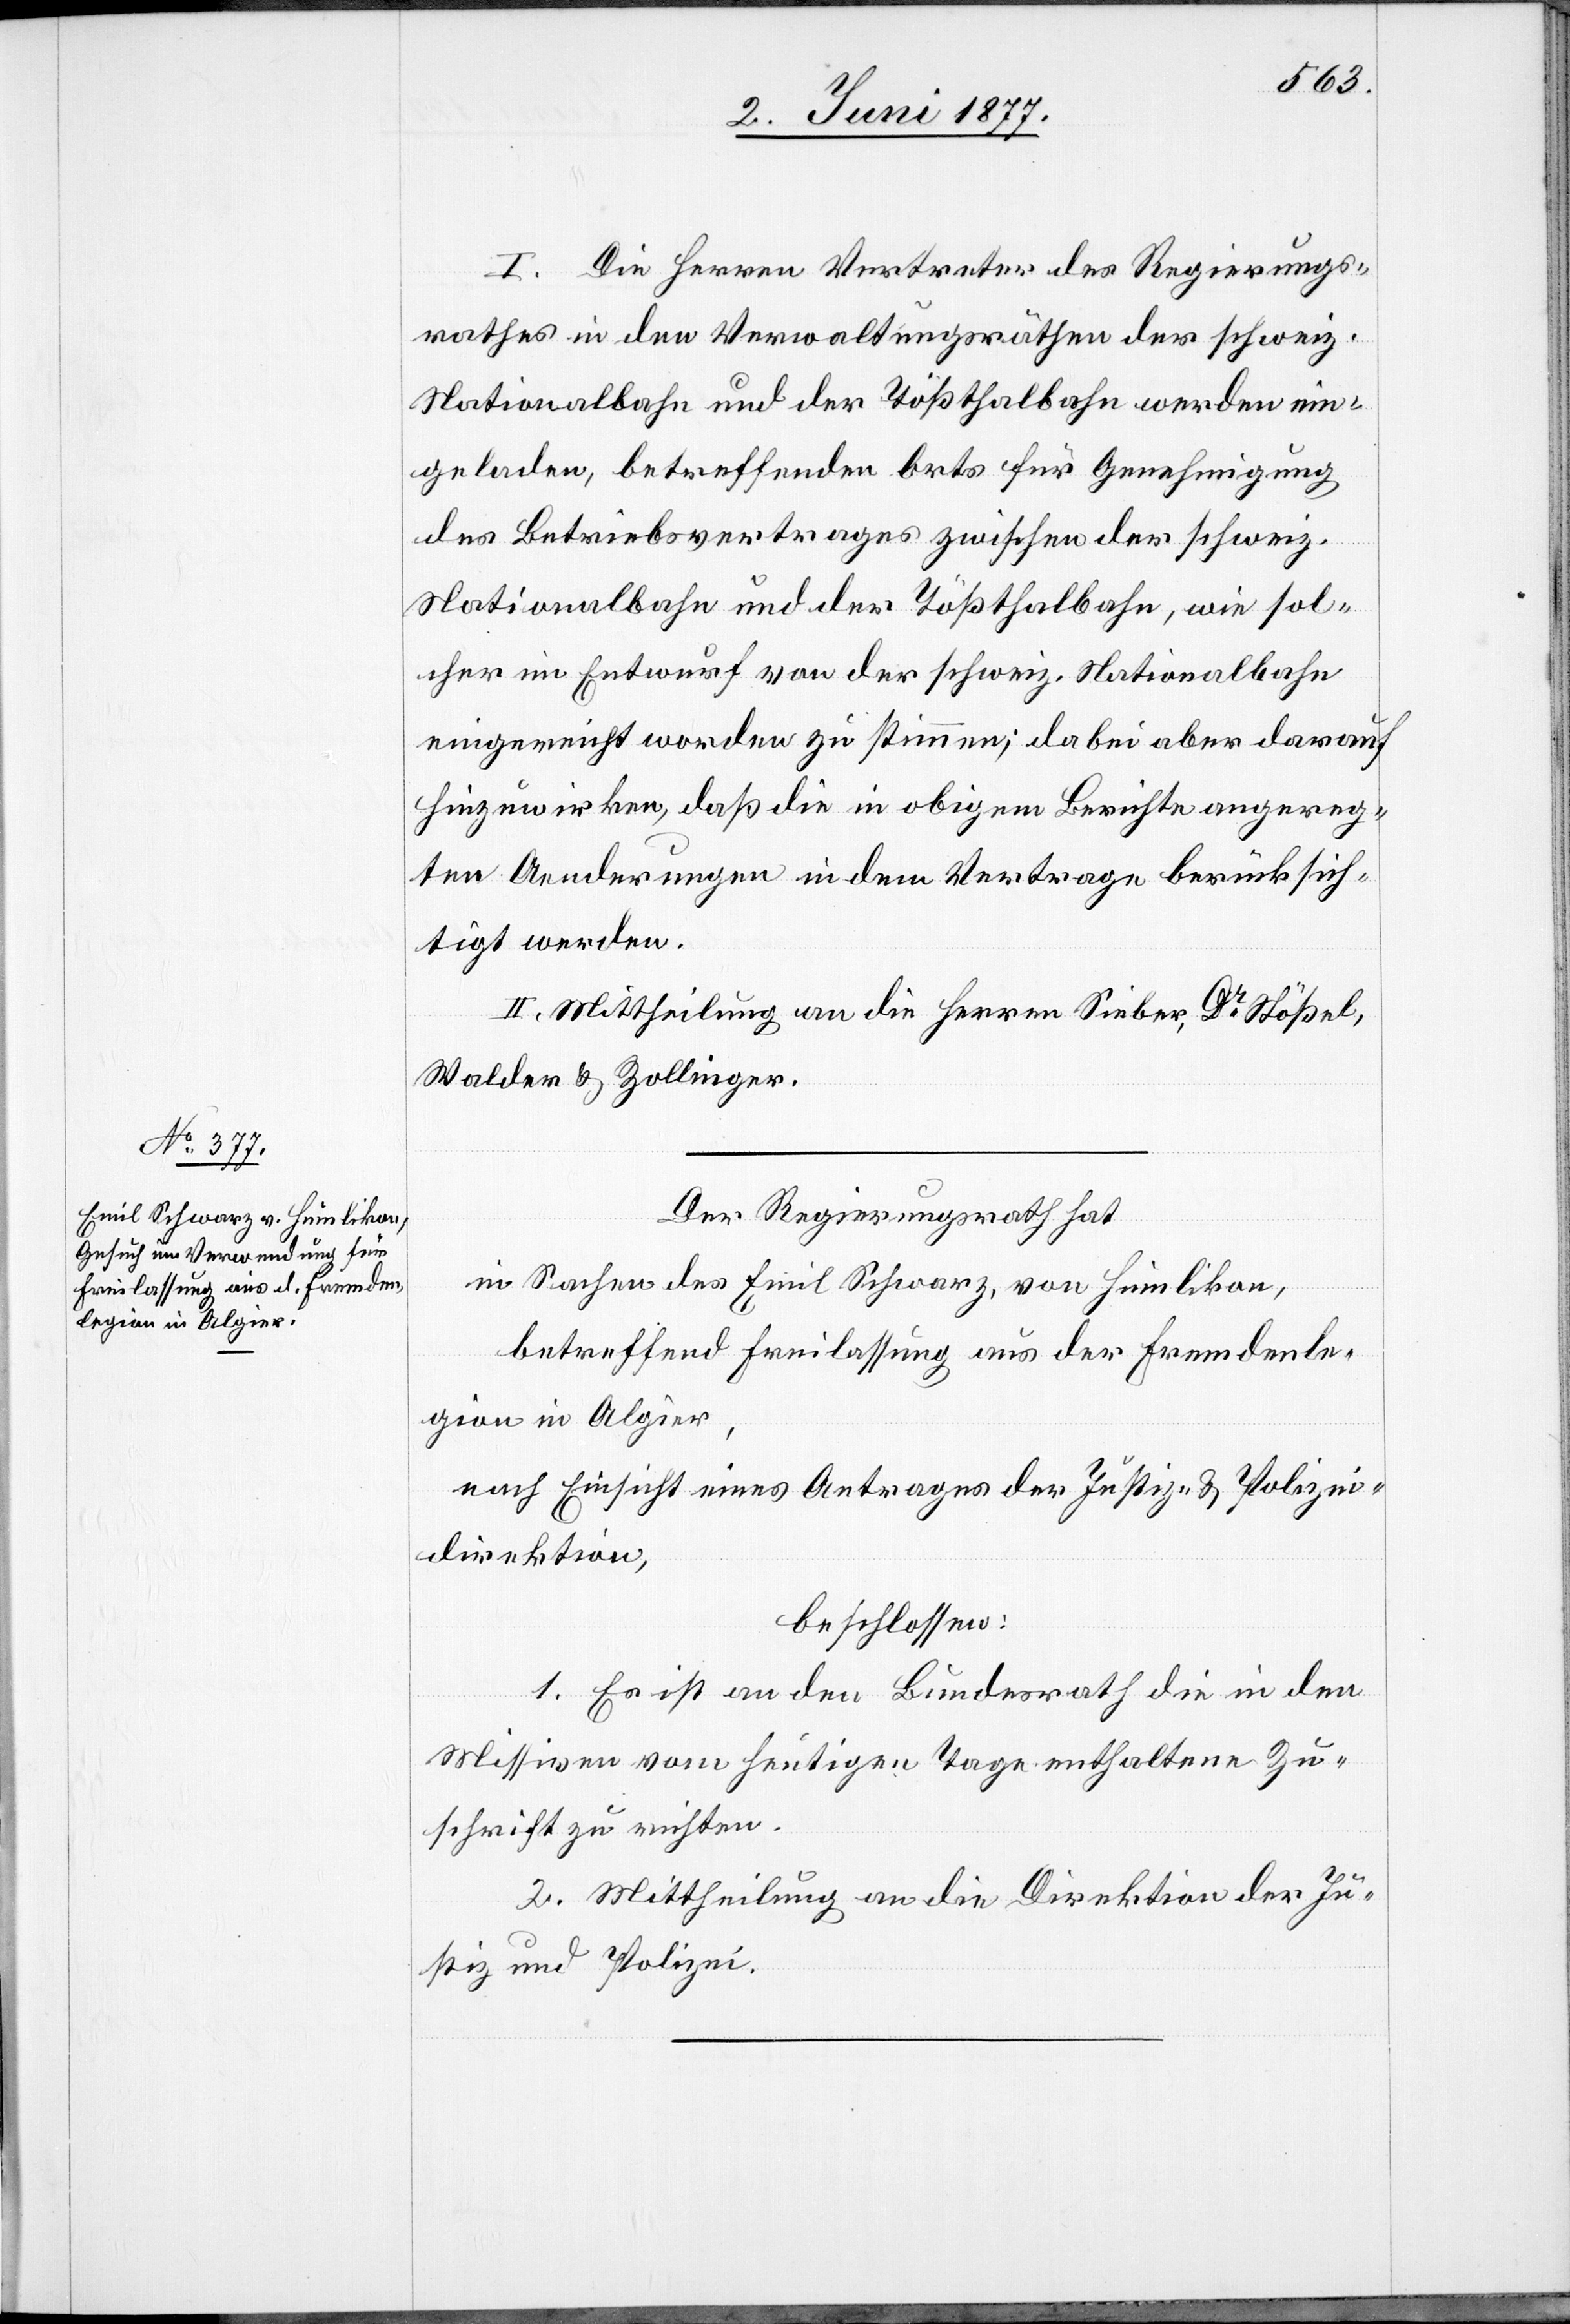
7. Juni 1877.]
I. Die Herren Vertreter des Regierungs¬
rathes in den Verwaltungsräthen der schweiz.
Nationalbahn und der Tößthalbahn werden ein¬
geladen, betreffenden Ortes für Genehmigung
des Betriebsvertrages zwischen der schweiz.
Nationalbahn und der Tößthalbahn, wie sol¬
cher im Entwurf von der schweiz. Nationalbahn
eingereicht worden zu stimmen; dabei aber darauf
hinzuwirken, daß die in obigem Berichte angereg¬
ten Aenderungen in dem Vertrage berücksich¬
tigt werden.
II. Mittheilung an die Herren Sieber, Dr Stößel,
Walder & Zollinger.
Der Regierungsrath hat
in Sachen des Emil Schwarz, von Humlikon,
betreffend Freilassung aus der Fremdenle¬
gion in Algier,
nach Einsicht eines Antrages der Justiz- und Polizei¬
direktion,
beschlossen:
1. Es ist an den Bundesrath die in den
Missiven vom heutigen Tage enthaltene Zu¬
schrift zu richten.
2. Mittheilung an die Direktion der Ju¬
stiz und Polizei.